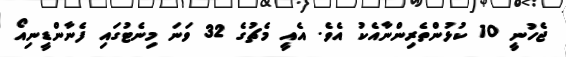
ޖެހުނީ 10 ކުޅުންތެރިންނާއެކު އެވެ. އެއީ މެޗުގެ 32 ވަނަ މިނެޓުގައި ފެނާންޑީނިއޯ